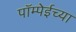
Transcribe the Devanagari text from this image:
पॉम्पेईच्या